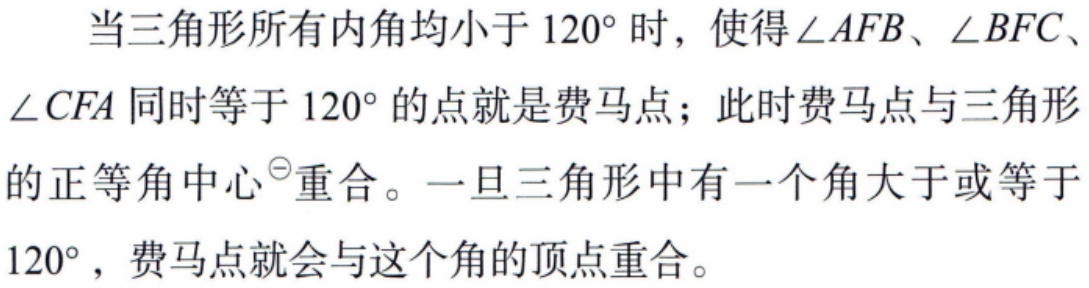
当三角形所有内角均小于 \(120^{\circ}\) 时，使得 \(\angle AFB\)、\(\angle BFC\)、\(\angle CFA\) 同时等于 \(120^{\circ}\) 的点就是费马点；此时费马点与三角形的正等角中心\(^{\ominus}\)重合。一旦三角形中有一个角大于或等于 \(120^{\circ}\)，费马点就会与这个角的顶点重合。